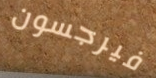
فيرجسون